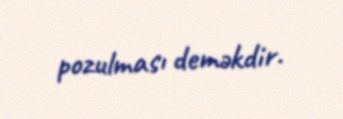
pozulması deməkdir.